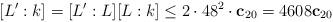
LaTeX: \begin{align*} [L':k] = [L':L][L:k] \leq2\cdot48^2\cdot\mathbf{c}_{20} = 4608\mathbf{c}_{20}\end{align*}